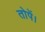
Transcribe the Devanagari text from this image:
तोपें।